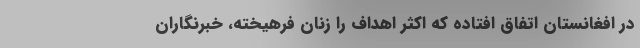
در افغانستان اتفاق افتاده که اکثر اهداف را زنان فرهیخته، خبرنگاران